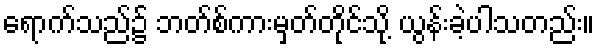
ရောက်သည်၌ ဘတ်စ်ကားမှတ်တိုင်သို့ ယွန်းခဲ့ပါသတည်း။